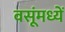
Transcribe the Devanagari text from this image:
वसूंमध्यें